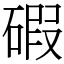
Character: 碬